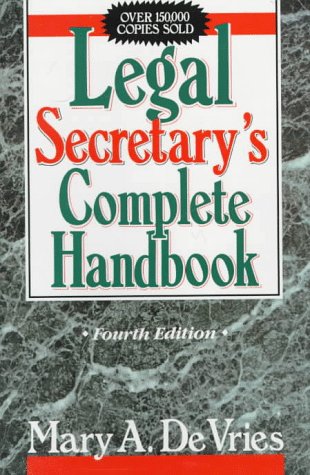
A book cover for Legal Secretary's Complete Handbook, Fourth Edition; Mary A. DeVries; Business & Money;